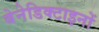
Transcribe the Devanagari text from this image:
बेनेडिक्टाइनों